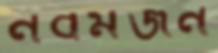
নবমজন